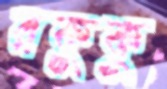
রকুকু